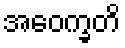
အဝေက္ခတိ